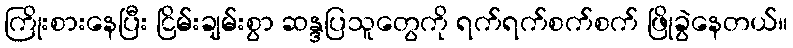
ကြိုးစားနေပြီး ငြိမ်းချမ်းစွာ ဆန္ဒပြသူတွေကို ရက်ရက်စက်စက် ဖြိုခွဲနေတယ်။